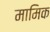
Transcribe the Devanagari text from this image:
मामिक